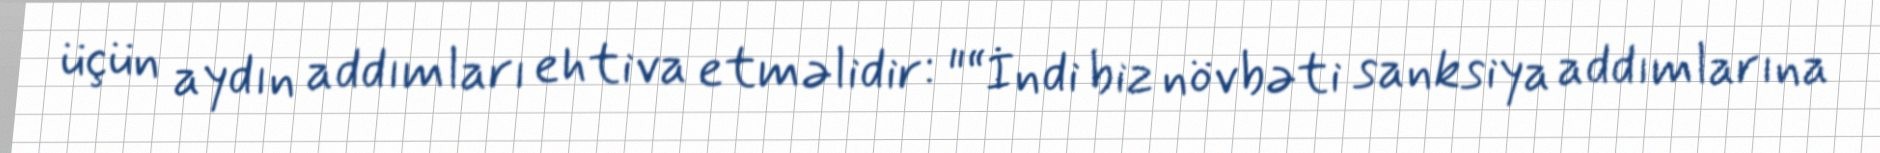
üçün aydın addımları ehtiva etməlidir: "“İndi biz növbəti sanksiya addımlarına